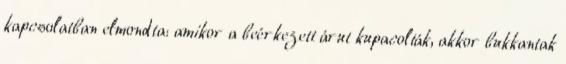
kapcsolatban elmondta: amikor a beérkezett árut kupacolták, akkor bukkantak